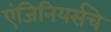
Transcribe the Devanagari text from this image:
एंजिनियर्सचे